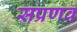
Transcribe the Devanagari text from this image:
सप्रणव